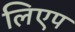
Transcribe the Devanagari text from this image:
लिएप